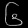
Digit: ၆